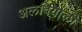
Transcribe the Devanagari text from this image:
अलवियोली